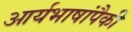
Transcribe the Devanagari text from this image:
आर्यभाषांपैकी